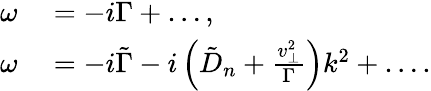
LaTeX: \begin{array}{rl}{\omega}&{{}=-i\Gamma+\ldots,}\\ {\omega}&{{}=-i\tilde{\Gamma}-i\left(\tilde{D}_{n}+\frac{v_{\perp}^{2}}{\Gamma}\right)k^{2}+\ldots.}\end{array}